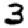
Digit: 3